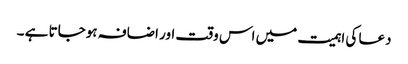
دعا کی اہمیت میں اس وقت اور اضافہ ہوجاتا ہے ۔